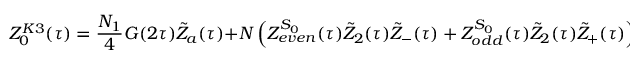
Z _ { 0 } ^ { K 3 } ( \tau ) = \frac { N _ { 1 } } { 4 } G ( 2 \tau ) { \tilde { Z } } _ { a } ( \tau ) + N \left( Z _ { e v e n } ^ { S _ { 0 } } ( \tau ) { \tilde { Z } } _ { 2 } ( \tau ) { \tilde { Z } } _ { - } ( \tau ) + Z _ { o d d } ^ { S _ { 0 } } ( \tau ) { \tilde { Z } } _ { 2 } ( \tau ) { \tilde { Z } } _ { + } ( \tau ) \right) ,